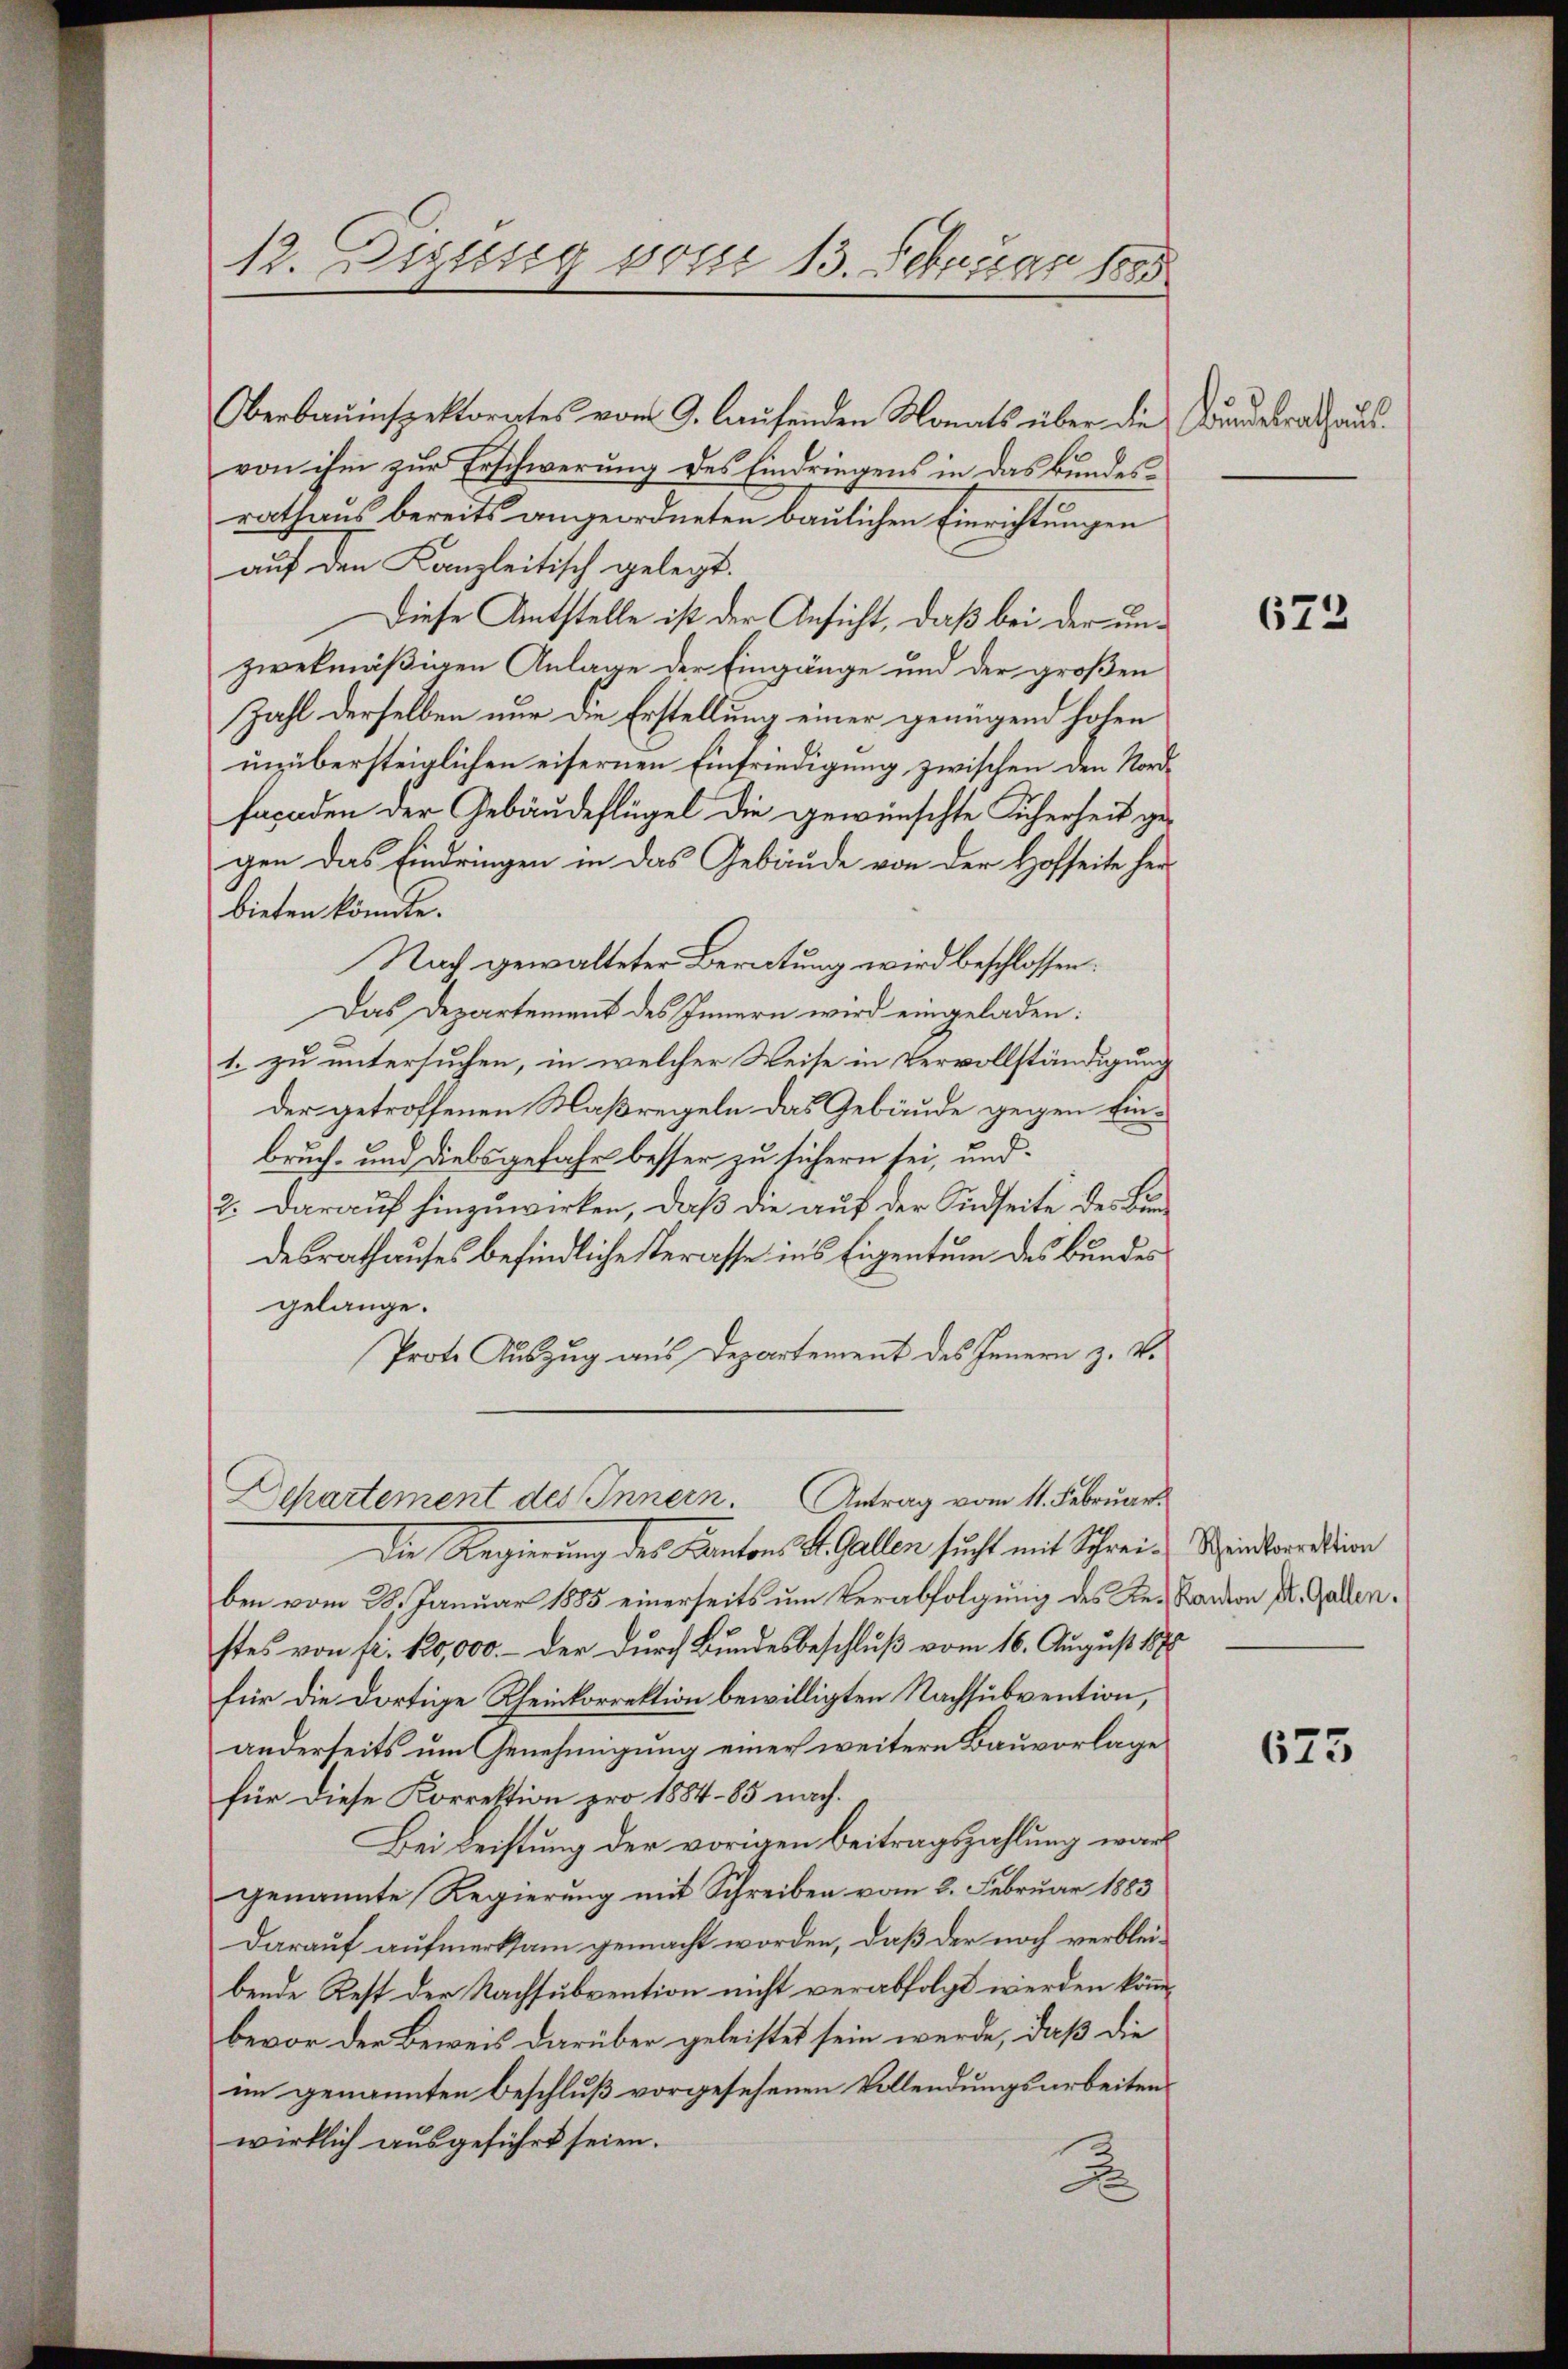
Oerbauinspektorates vom 9. laufenden Monats über die Bundesrath ausvon ihm zur Erschwerung des Eindringens in das Bundesrathaus bereits angeordneten baulichen Einrichtungen
auf den Kanzleitisch gelegt.
Diese Antstelle ist der Ansicht, daß bei der unzwekmäßigen Anlage der Eingänge und der großen
Zahl derselben nur die Erstellung einer genügend hohen
unübersteiglichen eisernen Einfriedigung zwischen den Nordfacaden der Gebäudeflügel die gewünschte Sicherheit ge-
gen das Eindringen in das Gebäude von der Hofseite herbieten könnte.
Nach gewalteter Beratung wird beschlossen.
Das Departement des Innern wird eingeladen:
1. zu untersuchen, in welcher Weise in Vervollständigung
der getroffenen Maßregeln das Gebäude gegen Einbruch- und Diebsgefahr besser zu sichern sei, und
2. darauf hinzuwirken, daß die auf der Südseite des Bundesrathauses befindliche sterasse ins Eigentum des Bundes
gelange.
Prote Auszug aus Departement des Innern z. B.

12. Diesig vom 13. Februar 1885

Die Regierung des Kantons St. Gallen sucht mit Schrei-Kinderation
ben vom 28. Januar 1885 einerseits um Verabfolgung des Re-Kanton Dr. Gallen.
stes von fr. 10,000.- der durch Bundesbeschluß vom 16. August 1878
für die dortige Rheinkorrektion bewilligten Nachsubvention,
anderseits um Genehmigung einer weitere Bauvorlage
für diese Korrektion pro 1884 - 85 nach.
Bei Leistung der vorigen Beitragszahlung war
genannte Regierung mit Schreiben vom 2. Februar 1883
darauf aufmerksam gemacht worden, daß der noch verbleibende Rest der Nachsubvention nicht verabfolgt werden könnbevor der Beweis darüber geleistet sein werde, daß die
im genannten Beschluß vorgesehenen Vollendungsarbeitenwirklich ausgeführt seien.
.

Departement des Innern. Antrag vom 11. Februar.

673

675